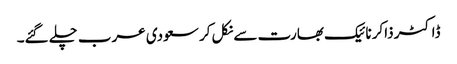
ڈاکٹر ذاکر نائیک بھارت سے نکل کر سعودی عرب چلے گئے۔